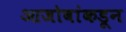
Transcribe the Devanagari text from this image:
आजोबांकडून